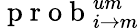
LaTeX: \mathrm{~p~r~o~b~}_{i\rightarrow m}^{um}